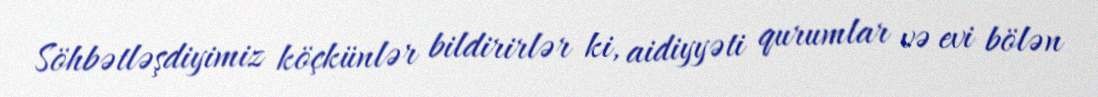
Söhbətləşdiyimiz köçkünlər bildirirlər ki, aidiyyəti qurumlar və evi bölən